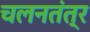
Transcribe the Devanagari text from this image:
चलनतंत्र